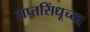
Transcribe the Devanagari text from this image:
सप्तसिंधूच्या